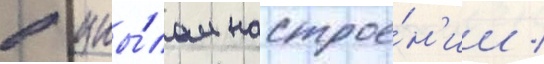
в уны́лом настрое́н'ии /